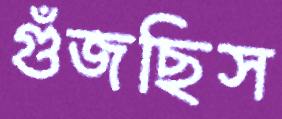
গুঁজছিস